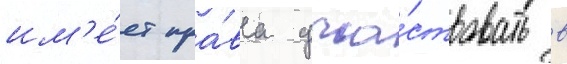
им'е́ет пра́ва уча́ствовать в